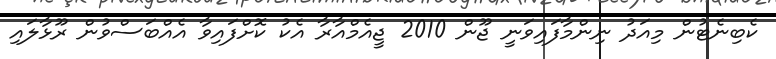
ކެބިނެޓުން މިއަދު ނިންމާފައިވަނީ ޖޫން 2010 ޖީއެމްއާރާ އެކު ކޮށްފައިވާ އެއްބަސްވުން ރޫޅާލައި